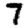
Digit: 7